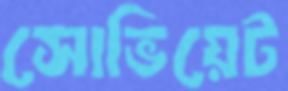
সোভিয়েট